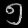
Digit: ၅